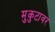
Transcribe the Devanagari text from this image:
मुकुटावर